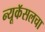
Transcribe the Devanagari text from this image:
न्यूकॅसलचा